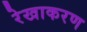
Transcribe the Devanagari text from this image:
रेखाकरण